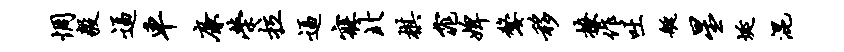
惆毅逼车廉荣拉逼寐北棋窕婢嫠移撩作吐艇星埏混